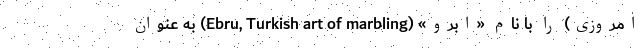
امروزی) را با نام «ابرو» (Ebru, Turkish art of marbling) به عنوان